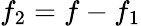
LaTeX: f_{2}=f-f_{1}